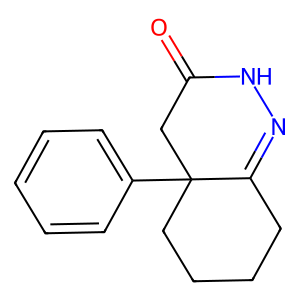
SMILES: O=C1CC2(c3ccccc3)CCCCC2=NN1
Inhibits HIV replication: No